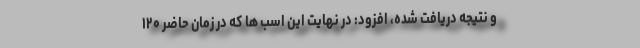
و نتیجه دریافت شده، افزود: در نهایت این اسب ها که در زمان حاضر ۱۲۰